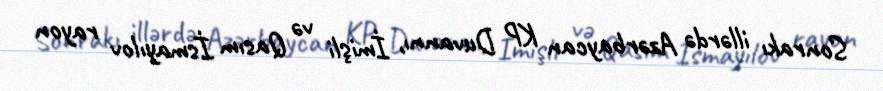
Sonrakı illərdə Azərbaycan KP Duvannı, İmişli və Qasım İsmayılov rayon